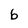
Character: b